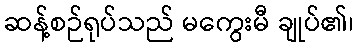
ဆန့်စဉ်ရုပ်သည် မကွေးမီ ချုပ်၏၊